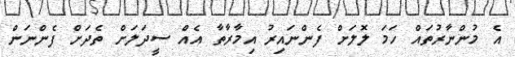
އެ މުންނާރުތައް ހަމަ ލޮލަށް ފެންނައިރު އިމާރާތާ އެއް ސީދަލަށް ތެދަށް ފެންނަން